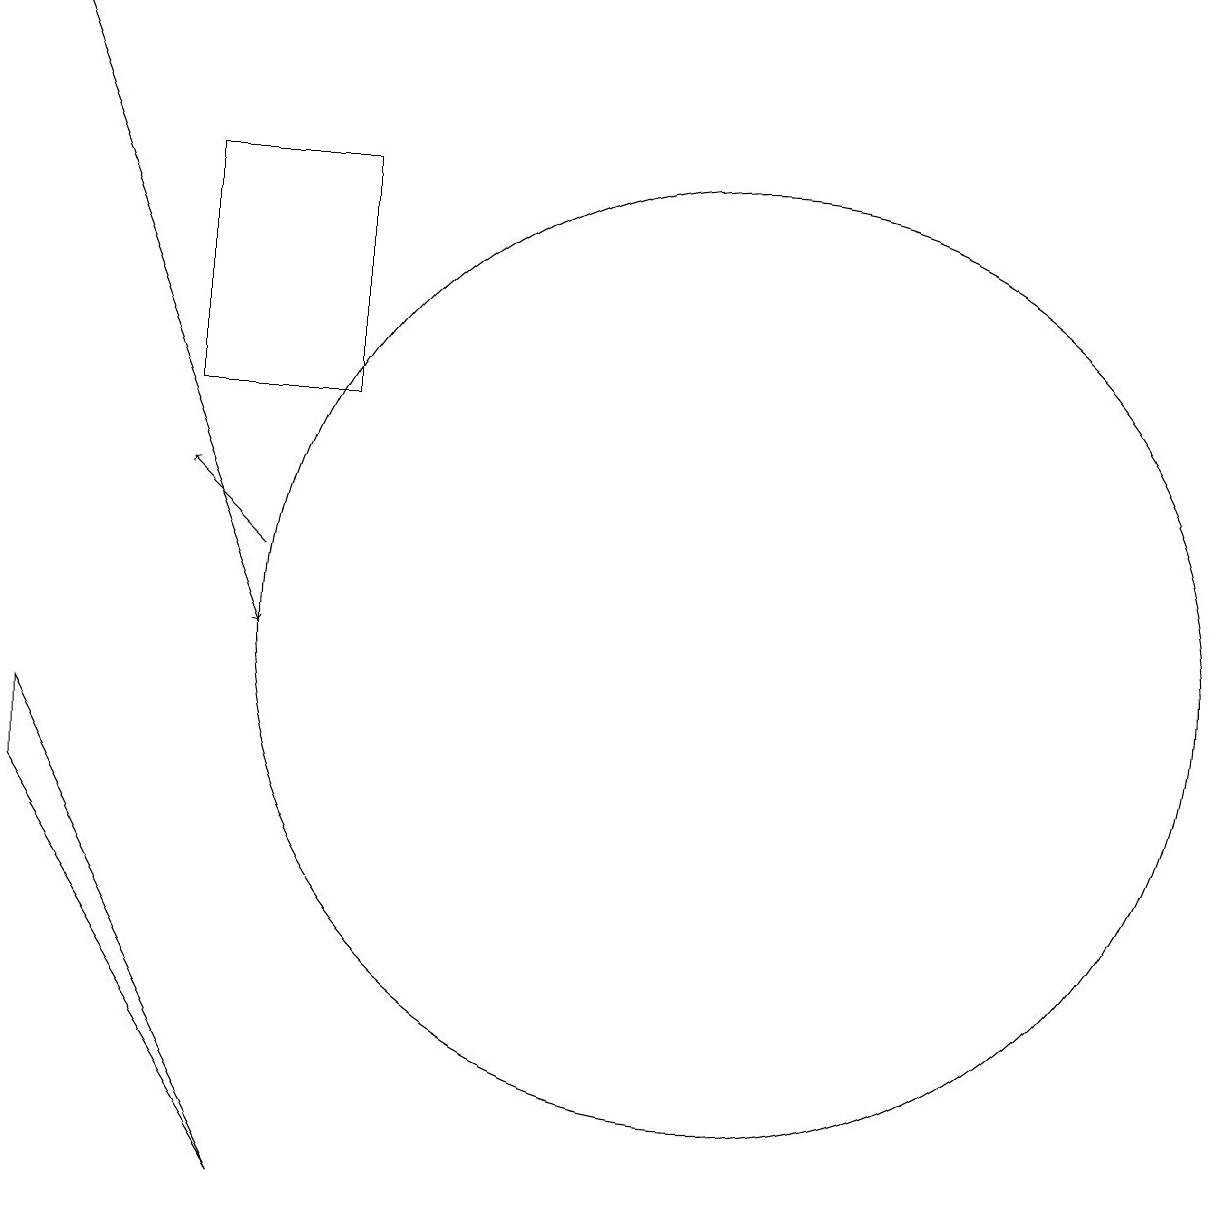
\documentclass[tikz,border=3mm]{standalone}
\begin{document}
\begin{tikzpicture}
\draw (12,10) circle (6);
\draw[->] (3,18) -- (6,10);
\draw[->] (6,11) -- (5,12);
\draw (5,13) rectangle (7,16);
\draw (6,3) -- (3,8) -- (3,9) -- cycle;
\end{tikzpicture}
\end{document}